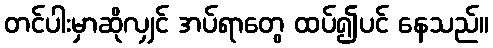
တင်ပါးမှာဆိုလျှင် အပ်ရာတွေ ထပ်၍ပင် နေသည်။